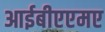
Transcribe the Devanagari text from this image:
आईबीएएमए